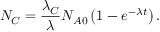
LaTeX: N _ { C } = { \frac { \lambda _ { C } } { \lambda } } N _ { A 0 } \left( 1 - e ^ { - \lambda t } \right) .